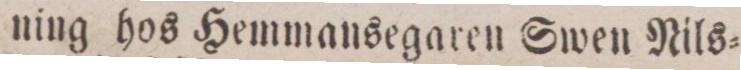
ning hos Hemmansegaren Swen Nils=